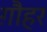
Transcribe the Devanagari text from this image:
ग़ौहर